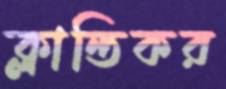
ক্লান্তিকর